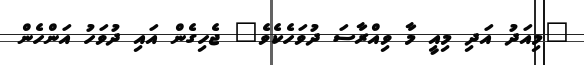
"މިއަދު އަދި މިއީ މާ ވިއްރާސަ ދުވަހެކެވެ" ޖެހިގެން އައި ދުވަހު އަންހެން